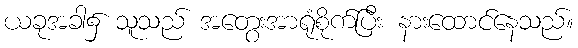
ယခုအခါ၌ သူသည် အတွေးအာရုံစိုက်ပြီး နားထောင်နေသည်။